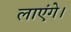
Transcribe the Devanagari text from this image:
लाएंगे।